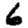
Digit: 6